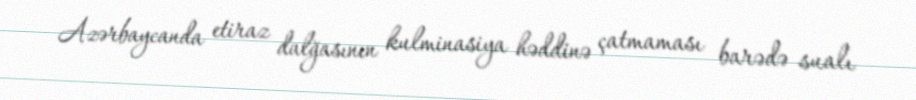
Azərbaycanda etiraz dalğasının kulminasiya həddinə çatmaması barədə sualı